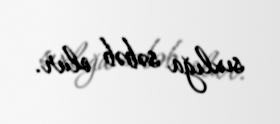
sıxlığa səbəb olur.